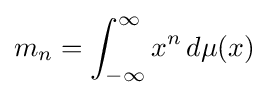
m_{n}=\int _{-\infty }^{\infty }x^{n}\,d\mu (x)